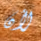
لأن